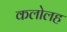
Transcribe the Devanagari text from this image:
कलोलह